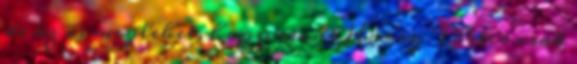
de az is meglehet, hogy mint Harry Potter csak